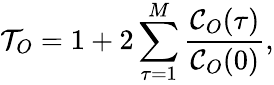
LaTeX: \mathcal{T}_{O}=1+2\sum_{\tau=1}^{M}\frac{\mathcal{C}_{O}(\tau)}{\mathcal{C}_{O}(0)},